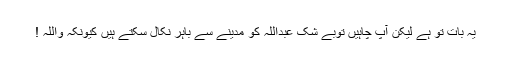
یہ بات تو ہے لیکن آپؐ چاہیں توبے شک عبداللہ کو مدینے سے باہر نکال سکتے ہیں کیونکہ واللہ !